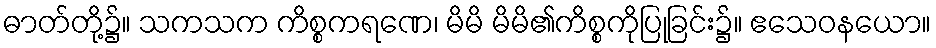
ဓာတ်တို့၌။ သကသက ကိစ္စကရဏေ၊ မိမိ မိမိ၏ကိစ္စကိုပြုခြင်း၌။ ဧသေဝနယော။